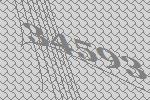
34593